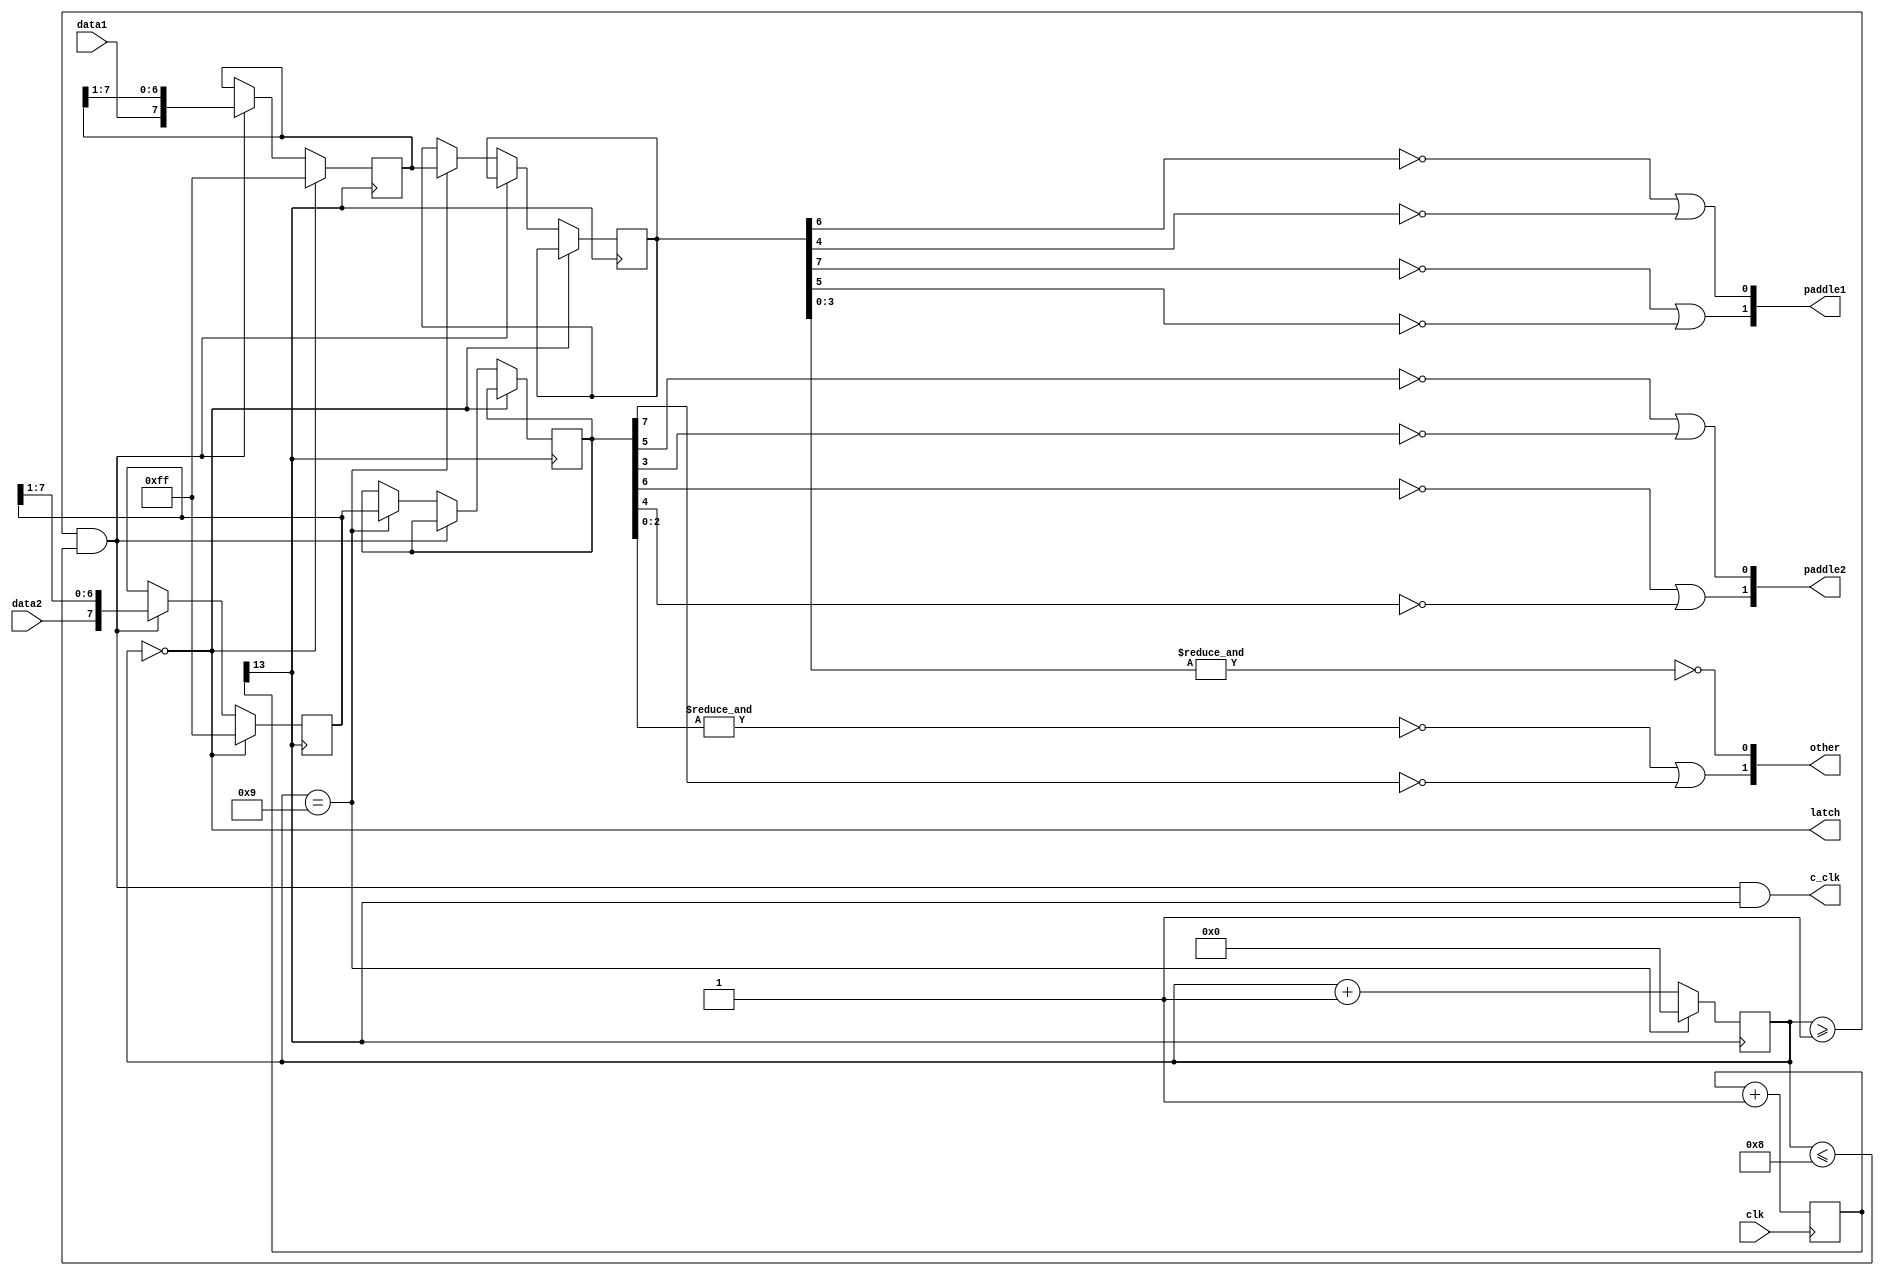
`timescale 1ns / 1ps
//////////////////////////////////////////////////////////////////////////////////
// Company: 
// Engineer: 
// 
// Design Name: 
// Module Name:    nes_controller 
// Project Name: 
// Target Devices: 
// Tool versions: 
// Description: 
//
// Dependencies: 
//
// Revision: 
// Revision 0.01 - File Created
// Additional Comments: 
//
//////////////////////////////////////////////////////////////////////////////////
// adopted from https://github.com/michael-swan/NES-Controller-SIPO
module nes_controller(
	input data1,
	input data2,
	input clk,
	output c_clk,
	output latch,
	output[1:0] paddle1,
	output[1:0] paddle2,
	output[1:0] other
    );
	 
	reg [7:0] button_state1;
	reg [7:0] button_state2;
	
	// Clock divider register size
	parameter DIVIDER_EXPONENT = 13;
	
	// Generate a clock for generating the data clock and sampling the controller's output
	reg [DIVIDER_EXPONENT:0] sample_count;
	wire sample_clock = sample_count[DIVIDER_EXPONENT];
	always @(posedge clk) sample_count <= sample_count + 1;
	
	// Keep track of the stage of the cycle
	reg [3:0] cycle_stage;
	reg [7:0] data_1;
	reg [7:0] data_2;
	// Generate control signals for the three phases
	wire latch_phase = cycle_stage == 0;
	wire data_phase = cycle_stage >= 1 & cycle_stage <= 8;
	wire end_phase = cycle_stage == 9;
	
	// Handle inputs from the controller
	always @(posedge sample_clock) begin
		   if(latch_phase) 
			begin 
				data_1 <= 8'b11111111; 
			end
			else if(data_phase)  
			begin 
			data_1 <= {data1, data_1[7:1]}; 
			end
			else if(end_phase) begin
			button_state1[7:0] <= data_1;
		end
		
	end
	
	always @(posedge sample_clock) begin 
		cycle_stage <= cycle_stage + 1;
		if(end_phase) cycle_stage <= 4'h0;
		end
	
		// Handle inputs from the controller
	always @(posedge sample_clock) begin
		   if(latch_phase) 
			begin 
				data_2 <= 8'b11111111; 
			end
			else if(data_phase)  
			begin 
			data_2 <= {data2, data_2[7:1]}; 
			end
			else if(end_phase) begin
			button_state2[7:0] <= data_2;
		end
	end

	// Generate output signals
	assign latch = latch_phase;
	assign c_clk = data_phase & sample_clock;
	
	
	assign paddle1[0] = ~(button_state1[6]) | ~(button_state1[4]);
	assign paddle1[1] = ~(button_state1[7]) | ~(button_state1[5]);
	assign paddle2[0] = ~(button_state2[5]) | ~(button_state2[3]);
	assign paddle2[1] = ~(button_state2[6]) | ~(button_state2[4]);
	
	assign other[0] = ~(&button_state1[3:0]);
	assign other[1] = ~(&button_state2[2:0]) | ~button_state2[7];
	
endmodule